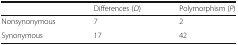
|  | Differences (D) | Polymorphism (P) |
 | --- | --- | --- |
 | Nonsynonymous | 7 | 2 |
 | Synonymous | 17 | 42 |